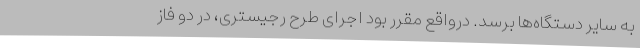
به سایر دستگاه‌ها برسد. درواقع مقرر بود اجرای طرح رجیستری، در دو فاز